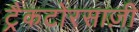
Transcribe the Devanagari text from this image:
ट्रैकटोरसाज़ी